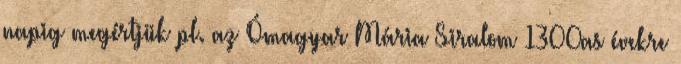
napig megértjük pl. az Ómagyar Mária Siralom 1300as évekre